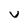
Character: v